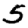
Digit: 5